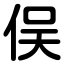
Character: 俣